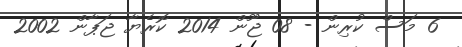
6 މަސް ކުރިން - 08 ޖޫން 2014 ކޮރެޔާ ޖަޕާން 2002